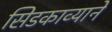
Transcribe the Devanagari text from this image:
सिडकाव्याने